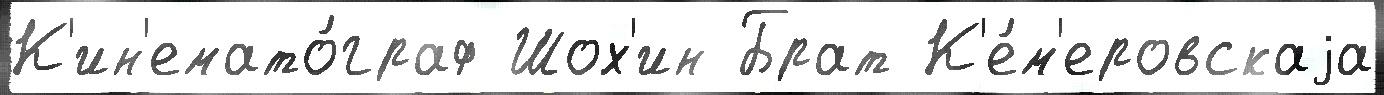
К'ин'емато́граф Шох'ин Брат К'е́м'еровскаjа